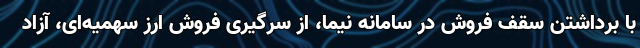
با برداشتن سقف فروش در سامانه نیما، از سرگیری فروش ارز سهمیه‌ای، آزاد